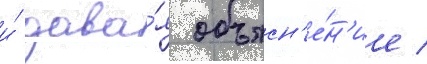
и́ дава́я объясн'е́н'ие /